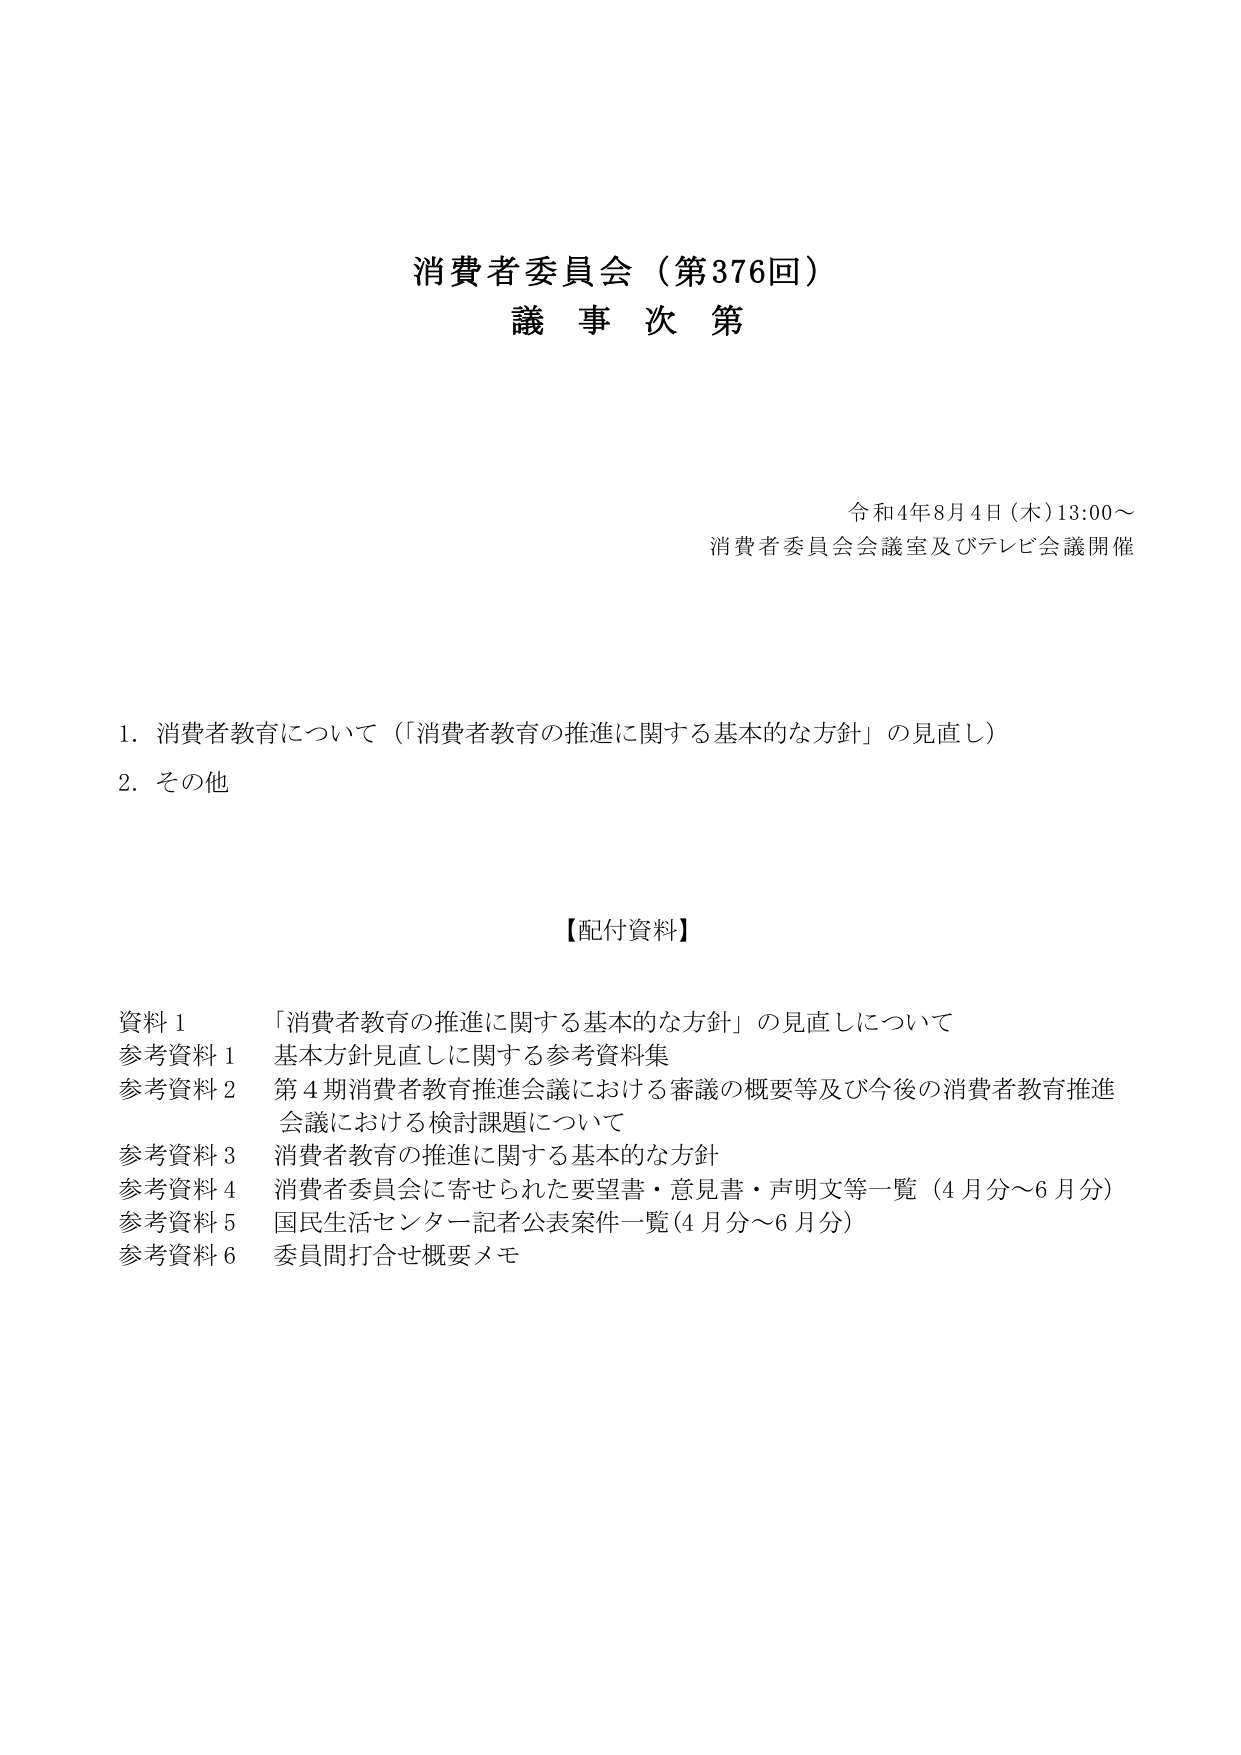
消費者委員会（第376回）
議事次第

令和4年8月4日（木）13:00～
消費者委員会会議室及びテレビ会議開催

1. 消費者教育について（「消費者教育の推進に関する基本的な方針」の見直し）
2. その他

【配付資料】

資料1 「消費者教育の推進に関する基本的な方針」の見直しについて
参考資料1 基本方針見直しに関する参考資料集
参考資料2 第4期消費者教育推進会議における審議の概要等及び今後の消費者教育推進会議における検討課題について
参考資料3 消費者教育の推進に関する基本的な方針
参考資料4 消費者委員会に寄せられた要望書・意見書・声明文等一覧（4月分～6月分）
参考資料5 国民生活センター記者公表案件一覧（4月分～6月分）
参考資料6 委員間打合せ概要メモ